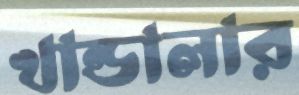
খান্ডালার